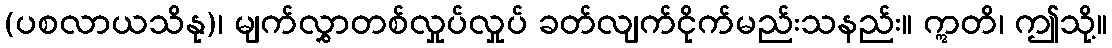
(ပစလာယသိနု)၊ မျက်လွှာတစ်လှုပ်လှုပ် ခတ်လျက်ငိုက်မည်းသနည်း။ ဣတိ၊ ဤသို့။